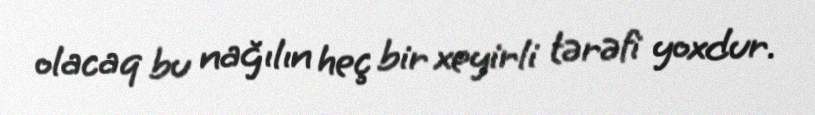
olacaq bu nağılın heç bir xeyirli tərəfi yoxdur.